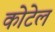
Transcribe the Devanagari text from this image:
कोटेल